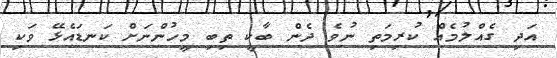
އަދި ގެއްލުމެއް ކުރިމަތި ނުވެ ދެން ބާކީ ތިބި މީހުންނަށް ކަނޑައެޅޭ ވަކި